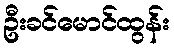
ဦးခင်မောင်ထွန်း